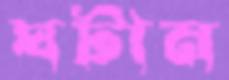
ঘটান